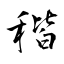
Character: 稭